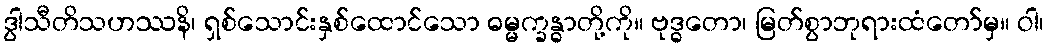
ဒွါသီတိသဟဿနိ၊ ရှစ်သောင်းနှစ်ထောင်သော ဓမ္မက္ခန္ဓာတို့ကို။ ဗုဒ္ဓတော၊ မြတ်စွာဘုရားထံတော်မှ။ ဝါ၊